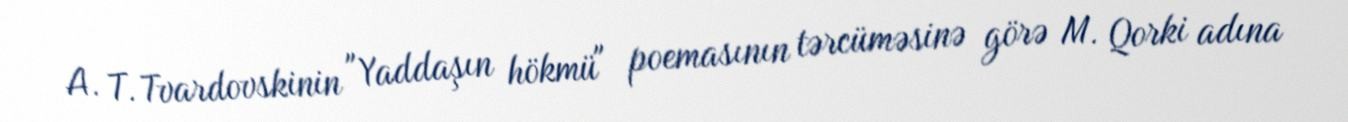
A. T. Tvardovskinin "Yaddaşın hökmü" poemasının tərcüməsinə görə M. Qorki adına